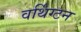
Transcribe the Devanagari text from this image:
वर्थिंग्टन